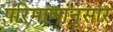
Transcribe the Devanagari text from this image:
परिमाणांनुसार